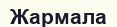
Жармала